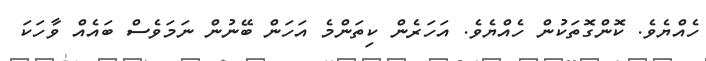
ހެއްޔެވެ. ކޮންގޮތަކުން ހެއްޔެވެ. އަހަރެން ކިތަންމެ އަހަން ބޭނުން ނަމަވެސް ބައެއް ވާހަކަ